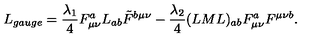
L _ { g a u g e } = { \frac { \lambda _ { 1 } } { 4 } } F _ { \mu \nu } ^ { a } L _ { a b } \tilde { F } ^ { b \mu \nu } - { \frac { \lambda _ { 2 } } { 4 } } ( L M L ) _ { a b } F _ { \mu \nu } ^ { a } F ^ { \mu \nu b } { } .